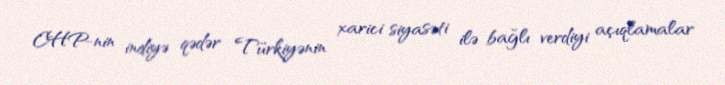
CHP-nin indiyə qədər Türkiyənin xarici siyasəti ilə bağlı verdiyi açıqlamalar